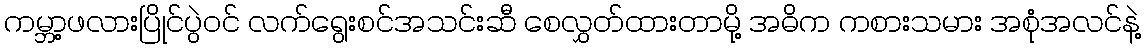
ကမ္ဘာ့ဖလားပြိုင်ပွဲဝင် လက်ရွေးစင်အသင်းဆီ စေလွှတ်ထားတာမို့ အဓိက ကစားသမား အစုံအလင်နဲ့